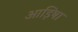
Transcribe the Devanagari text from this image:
आड़िषा